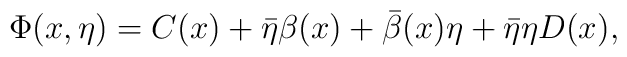
\Phi(x,\eta)=C(x)+\bar{\eta}\beta(x)+\bar{\beta}(x)\eta+\bar{\eta}\eta D(x),